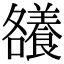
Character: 𮊶